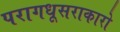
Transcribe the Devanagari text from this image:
परागधूसराकारो